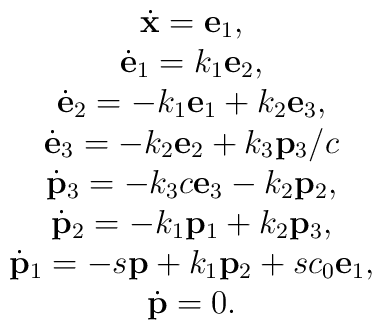
\begin{array}{c} \dot{\bf x}={\bf e}_1,\\{\dot{\bf e}}_1=k_1{\bf e}_2,\\ {\dot{\bf e}}_2=-k_1{\bf e}_1+k_2{\bf e}_3,\\ {\dot{\bf e}}_3=-k_2{\bf e}_2+k_3{\bf p}_3/c\\ {\dot{\bf p}}_3=-k_3c{\bf e}_3-k_2{\bf p}_2,\\{\dot{\bf p}}_2=-k_1{\bf p}_1+k_2{\bf p}_3,\\{\dot{\bf p}}_1=-s{\bf p}+k_1{\bf p}_2+sc_0{\bf e}_1, \\{\dot{\bf p}}=0.\end{array}